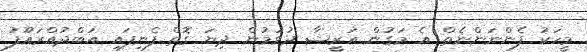
މީހަކު ފެންނަންނެތް އެ މަގުން އަރީޝާ ދުވަމުން ދިޔަ ގޮތް ފެނިފައި އަބްދުއްރަޢޫފު